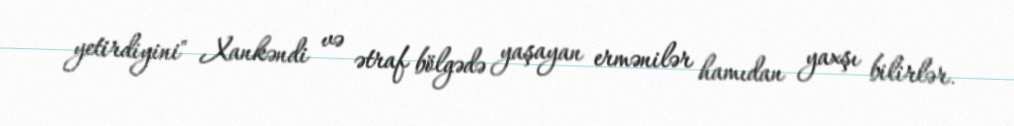
yetirdiyini" Xankəndi və ətraf bölgədə yaşayan ermənilər hamıdan yaxşı bilirlər.